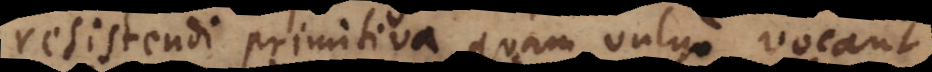
resistendi primitiva, quam vulgo vocant